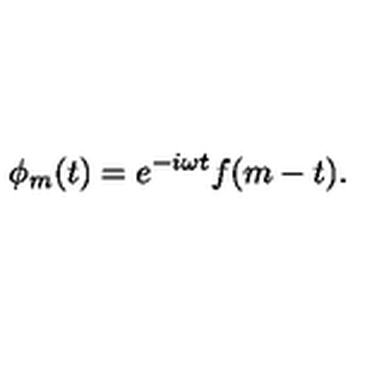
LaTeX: \phi _ { m } ( t ) = e ^ { - i \omega t } f ( m - t ) .